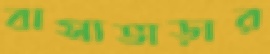
বাসাভাড়ার